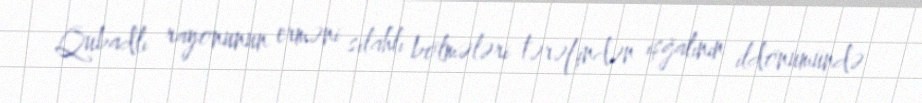
Qubadlı rayonunun erməni silahlı bölmələri tərəfindən işğalının ildönümündə